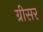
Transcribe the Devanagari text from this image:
ग्रीसर